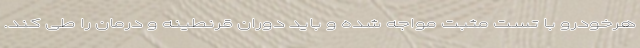
هرخودرو با تست مثبت مواجه شده و باید دوران قرنطینه و درمان را طی کند.